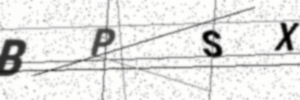
Text: BPSX